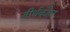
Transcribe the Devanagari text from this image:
तीर्थकौल